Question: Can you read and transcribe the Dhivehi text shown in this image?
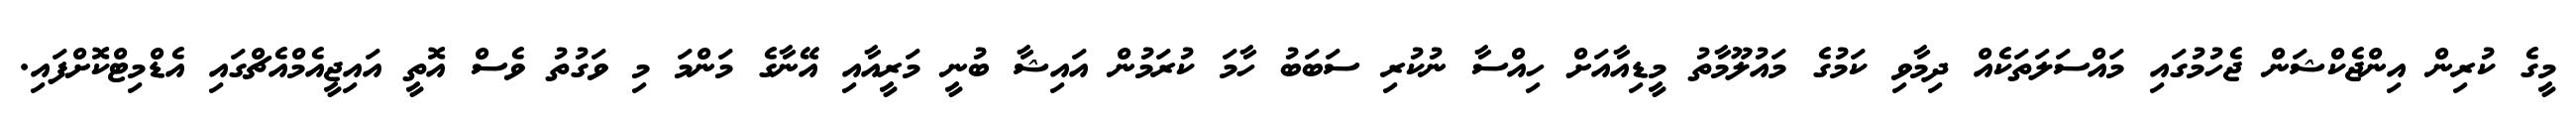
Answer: މީގެ ކުރިން އިންޖެކްޝަން ޖެހުމުގައި މައްސަލަތަކެއް ދިމާވި ކަމުގެ މައުލޫމާތު މީޑިއާއަށް ހިއްސާ ނުކުރި ސަބަބު ހާމަ ކުރަމުން އައިޝާ ބުނީ މަރީއާއި އޭނާގެ މަންމަ މި ވަގުތު ވެސް އޮތީ އައިޖީއެމްއެޗްގައި އެޑްމިޓްކޮށްފައި.